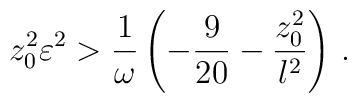
z_0 ^2 \varepsilon^2 > {1 \over \omega} \left( -{9\over {20}} - {{z_0^2}\over l^2} \right) \, .